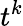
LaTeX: t^{k}